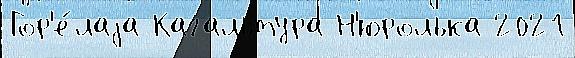
Гор'е́лаjа Кагальтура Н'юролька 2021